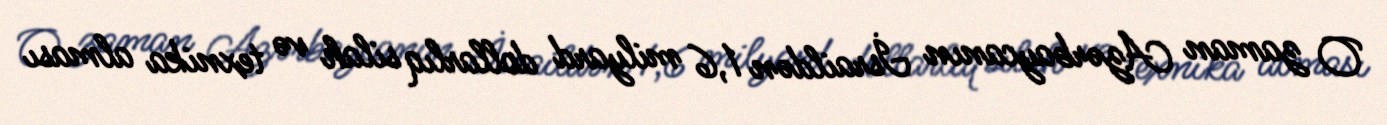
O zaman Azərbaycanın İsraildən 1,6 milyard dollarlıq silah və texnika alması